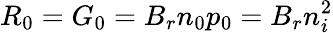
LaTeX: R_{0}=G_{0}=B_{r}n_{0}p_{0}=B_{r}n_{i}^{2}